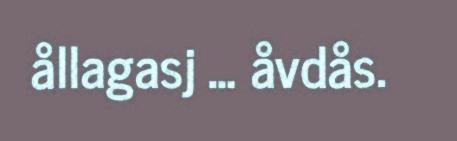
ållagasj … åvdås.